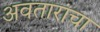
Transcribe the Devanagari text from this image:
अवतारांचा